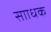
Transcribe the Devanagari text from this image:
सााधक